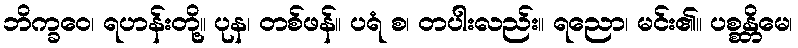
ဘိက္ခဝေ၊ ရဟန်းတို့။ ပုန၊ တစ်ဖန်။ ပရံ စ၊ တပါးလည်း။ ရညော၊ မင်း၏။ ပစ္စန္တိမေ၊